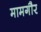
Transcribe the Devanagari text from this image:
मामगौर